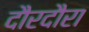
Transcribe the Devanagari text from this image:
दौरदौरा